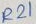
Text: R21